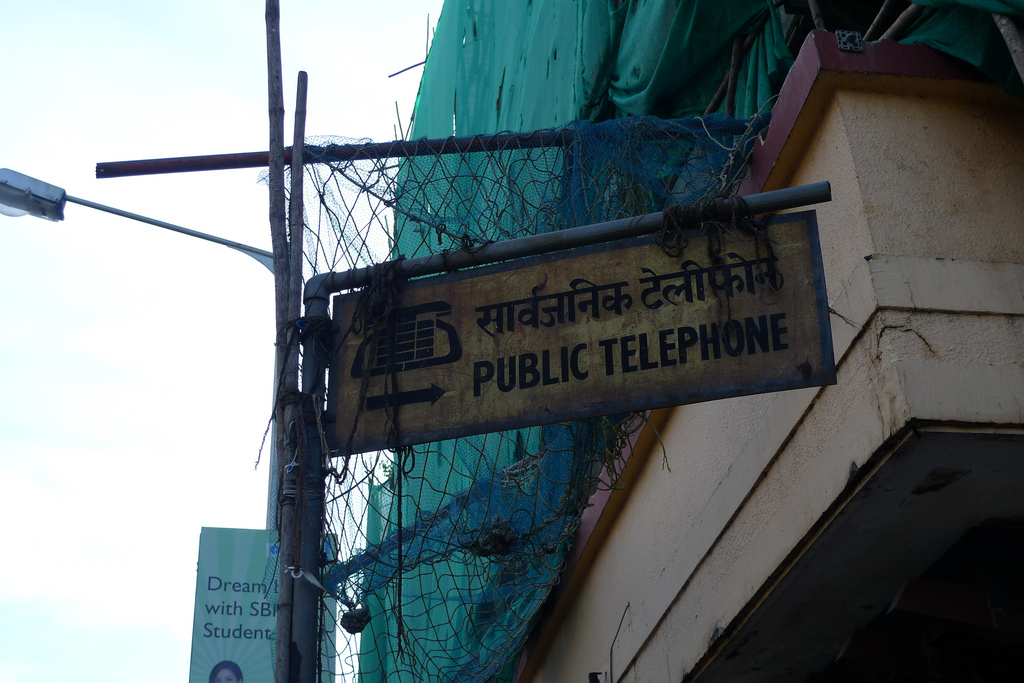
Language: hindi
Transcription: टेलीफोन सार्वजनिक